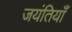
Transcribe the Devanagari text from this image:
जयंतियाँ